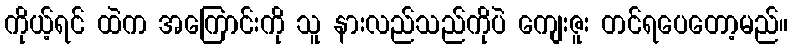
ကိုယ့်ရင် ထဲက အကြောင်းကို သူ နားလည်သည်ကိုပဲ ကျေးဇူး တင်ရပေတော့မည်။